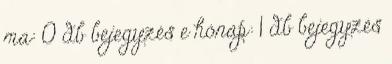
ma: 0 db bejegyzés e hónap: 1 db bejegyzés